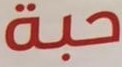
حبة